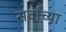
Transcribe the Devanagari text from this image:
सर्वांच्‍या